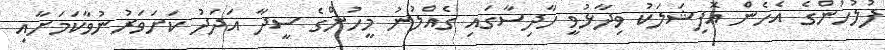
ފުލުހުންގެ އެހެން އޮފިޝަލަކު ވިދާޅުވީ ހާދިސާގައި ގެއްލުނު މީހުންގެ ސީދާ އަދަދު ކަށަވަރުނުވާކަމަށާއި